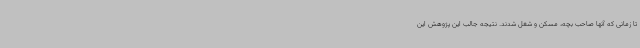
تا زمانی که آنها صاحب بچه، مسکن و شغل شدند. نتیجه جالب این پژوهش این